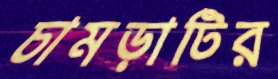
চামড়াটির